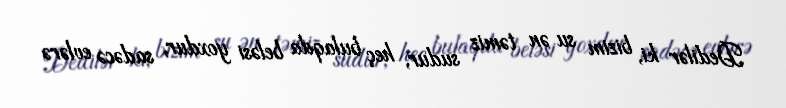
Dedilər ki, bizim su ən təmiz sudur, heç bulaqda beləsi yoxdur, sadəcə evlərə